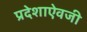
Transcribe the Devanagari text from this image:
प्रदेशाऐवजी